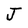
Character: J